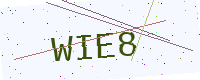
Text: WIE8